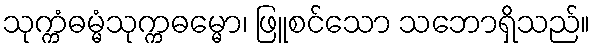
သုက္ကံဓမ္မံသုက္ကဓမ္မော၊ ဖြူစင်သော သဘောရှိသည်။